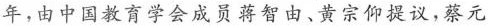
年，由中国教育学会成员蒋智由、黄宗仰提议，蔡元